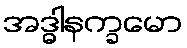
အဒ္ဓါနက္ခမော